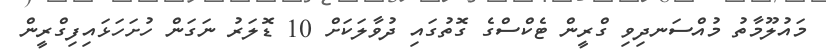
މައުލޫމާތު މުއްސަނދިވި ގްރީން ޓެކްސްގެ ގޮތުގައި ދުވާލަކަށް 10 ޑޮލަރު ނަގަން ހުށަހަޅައިފިގްރީން